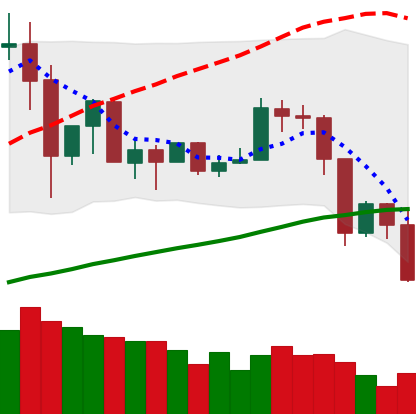
Ticker: TRX-USD
Chart end date: 2019-07-14
Forward return: 10.714%
Label: up_7plus